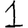
Digit: 1